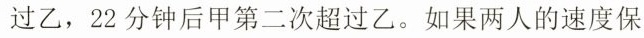
过乙，22分钟后甲第二次超过乙。如果两人的速度保